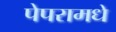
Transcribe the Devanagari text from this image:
पेपरामधे